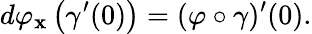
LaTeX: d\varphi_{\mathbf{x}}\left(\gamma^{\prime}(0)\right)=(\varphi\circ\gamma)^{\prime}(0).